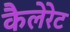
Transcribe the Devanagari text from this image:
कैलेरेट